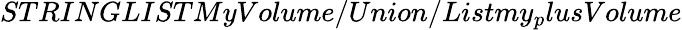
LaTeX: STRINGLISTMyVolume/Union/Listmy_{p}lusVolume